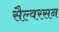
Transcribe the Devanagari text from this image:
सैल्वरसन